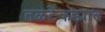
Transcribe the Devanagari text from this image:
तळटेकड्यात